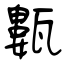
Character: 甊